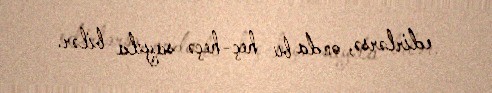
edirlərsə, onda bu heç-heçə sayıla bilər.